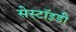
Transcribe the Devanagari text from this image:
सेस्टॉइडी